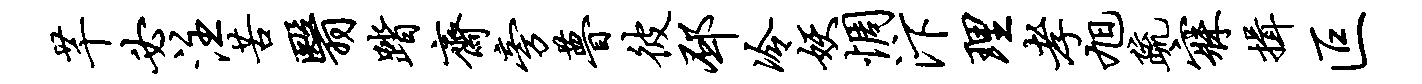
芊必注苦翳踏斋旁瞢彼邳冷妖惆汴理孝旭疏寐揖叵